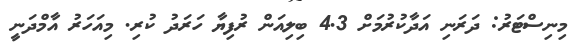
މިނިސްޓަރު: ދަރަނި އަދާކުރުމަށް 4.3 ބިލިއަން ރުފިޔާ ހަރަދު ކުރި. މިއަހަރު އާމްދަނީ